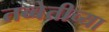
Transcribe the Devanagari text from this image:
तब्बेतीच्या